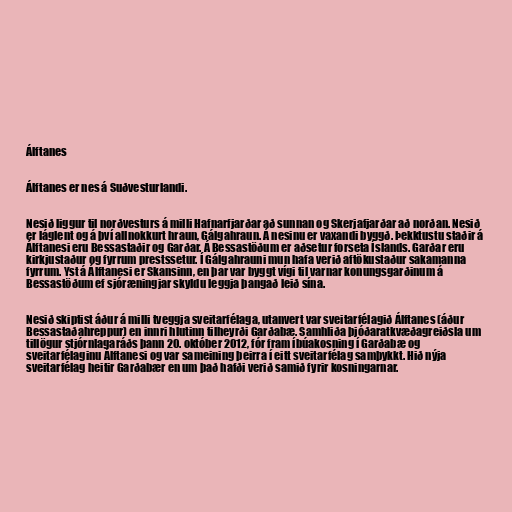
Álftanes

Álftanes er nes á Suðvesturlandi.

Nesið liggur til norðvesturs á milli Hafnarfjarðar að sunnan og Skerjafjarðar að norðan. Nesið
er láglent og á því allnokkurt hraun, Gálgahraun. Á nesinu er vaxandi byggð. Þekktustu staðir á
Álftanesi eru Bessastaðir og Garðar. Á Bessastöðum er aðsetur forseta Íslands. Garðar eru
kirkjustaður og fyrrum prestssetur. Í Gálgahrauni mun hafa verið aftökustaður sakamanna
fyrrum. Yst á Álftanesi er Skansinn, en þar var byggt vígi til varnar konungsgarðinum á
Bessastöðum ef sjóræningjar skyldu leggja þangað leið sína.

Nesið skiptist áður á milli tveggja sveitarfélaga, utanvert var sveitarfélagið Álftanes (áður
Bessastaðahreppur) en innri hlutinn tilheyrði Garðabæ. Samhliða þjóðaratkvæðagreiðsla um
tillögur stjórnlagaráðs þann 20. október 2012, fór fram íbúakosning í Garðabæ og
sveitarfélaginu Álftanesi og var sameining þeirra í eitt sveitarfélag samþykkt. Hið nýja
sveitarfélag heitir Garðabær en um það hafði verið samið fyrir kosningarnar.